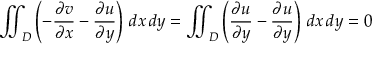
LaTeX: \iint _ { D } \left( - { \frac { \partial v } { \partial x } } - { \frac { \partial u } { \partial y } } \right) \, d x \, d y = \iint _ { D } \left( { \frac { \partial u } { \partial y } } - { \frac { \partial u } { \partial y } } \right) \, d x \, d y = 0